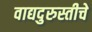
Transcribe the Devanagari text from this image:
वाद्यदुरुस्तीचे